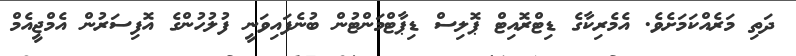
ދަތި މަރެއްކަމަށެވެ. އެމެރިކާގެ ޑިޓްރޮއިޓް ޕޮލިސް ޑިޕާޓްމަންޓުން ބުނެފައިވަނީ ފުލުހުންގެ އޮފިސަރުން އެމްޖީއެމް